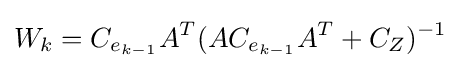
W_{k}=C_{e_{k-1}}A^{T}(AC_{e_{k-1}}A^{T}+C_{Z})^{-1}